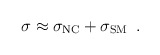
\begin{align*}\sigma \approx \sigma_{{\rm NC}} + \sigma_{{\rm SM}} \,\,\, .\end{align*}